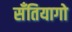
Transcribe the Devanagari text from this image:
सॅंतियागो